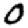
Digit: 0